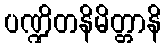
ပဏ္ဍိတနိမိတ္တာနိ